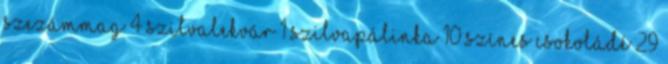
szezámmag 4 szilvalekvár 1 szilvapálinka 10 színes csokoládé 29